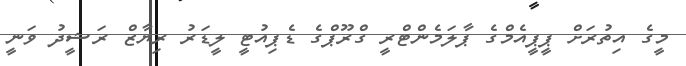
މީގެ އިތުރަށް ޕީޕީއެމްގެ ޕާލަމެންޓްރީ ގްރޫޕްގެ ޑެޕިއުޓީ ލީޑަރު ރިޔާޒް ރަޝީދު ވަނީ